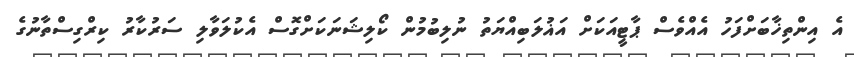
އެ އިންތިޚާބަށްފަހު އެއްވެސް ޕާޓީއަކަށް އަޣުލަބިއްޔަތު ނުލިބުމުން ކޯލިޝަނަކަށްގޮސް އެކުލަވާލި ސަރުކާރު ކިރްގިސްތާނުގެ